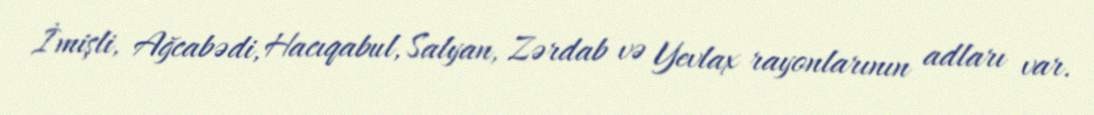
İmişli, Ağcabədi, Hacıqabul, Salyan, Zərdab və Yevlax rayonlarının adları var.